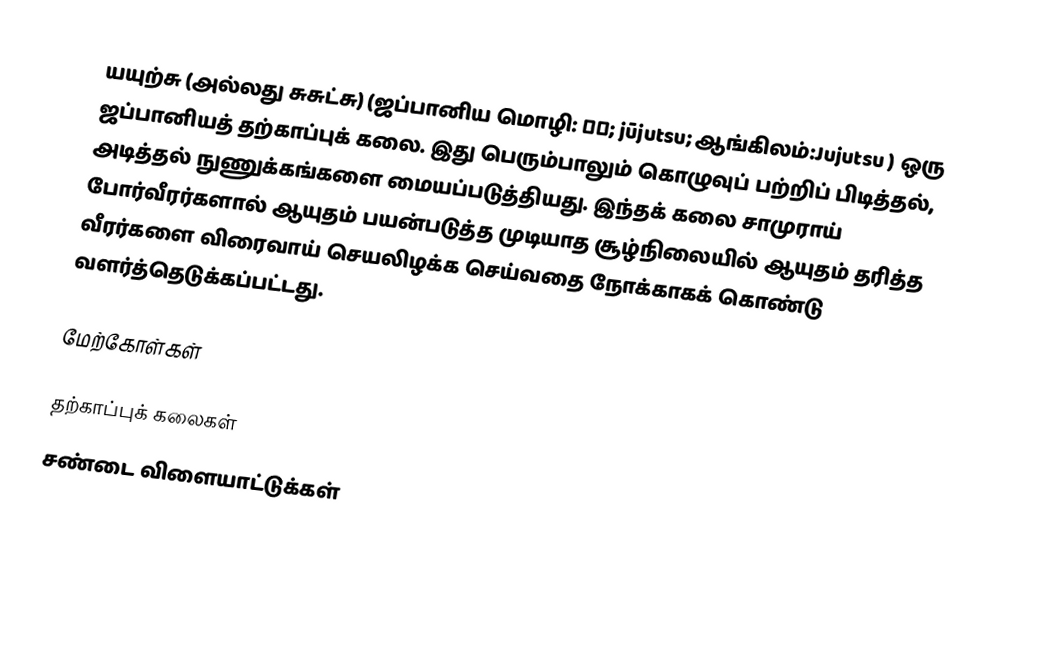
யயுற்சு (அல்லது சுசுட்சு) (ஜப்பானிய மொழி: 柔術; jūjutsu; ஆங்கிலம்:Jujutsu ) ஒரு ஜப்பானியத் தற்காப்புக் கலை. இது பெரும்பாலும் கொழுவுப் பற்றிப் பிடித்தல், அடித்தல் நுணுக்கங்களை மையப்படுத்தியது. இந்தக் கலை சாமுராய் போர்வீரர்களால் ஆயுதம் பயன்படுத்த முடியாத சூழ்நிலையில் ஆயுதம் தரித்த வீரர்களை விரைவாய் செயலிழக்க செய்வதை நோக்காகக் கொண்டு வளர்த்தெடுக்கப்பட்டது.

மேற்கோள்கள்

தற்காப்புக் கலைகள்
சண்டை விளையாட்டுக்கள்